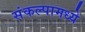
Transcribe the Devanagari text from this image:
संकल्पामध्ये